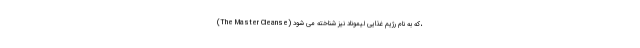
(The Master Cleanse) که به نام رژیم غذایی لیموناد نیز شناخته می شود،